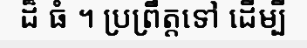
ដ៏ ធំ ។ ប្រព្រឹត្តទៅ ដើម្បី